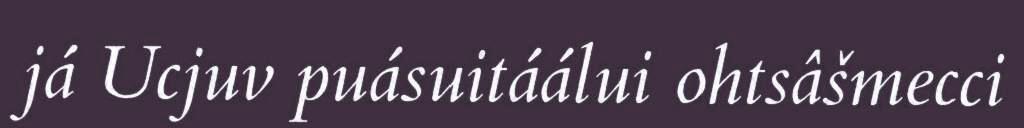
já Ucjuv puásuitáálui ohtsâšmecci